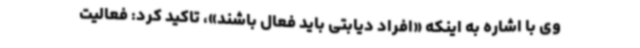
وی با اشاره به اینکه «افراد دیابتی باید فعال باشند»، تاکید کرد: فعالیت